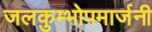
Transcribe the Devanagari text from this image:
जलकुम्भोपमार्जनी